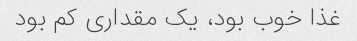
غذا خوب بود، یک مقداری کم بود